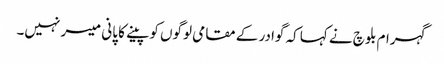
گہرام بلوچ نے کہا کہ گوادر کے مقامی لوگوں کو پینے کا پانی میسر نہیں۔